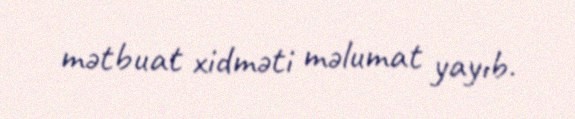
mətbuat xidməti məlumat yayıb.